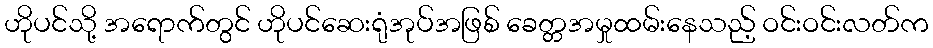
ဟိုပင်သို့ အရောက်တွင် ဟိုပင်ဆေးရုံအုပ်အဖြစ် ခေတ္တအမှုထမ်းနေသည့် ဝင်းဝင်းလတ်က